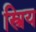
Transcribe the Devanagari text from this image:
स्त्रिय